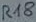
Text: R18